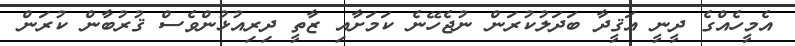
އެމީހެއްގެ ދީނީ އަޤީދާ ބަދަލުކުރަން ނުޖެހޭނެ ކަމަށާއި ޒާތީ ދިރިއުޅުންވެސް ޤުރުބާން ކުރަން